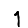
Digit: 1